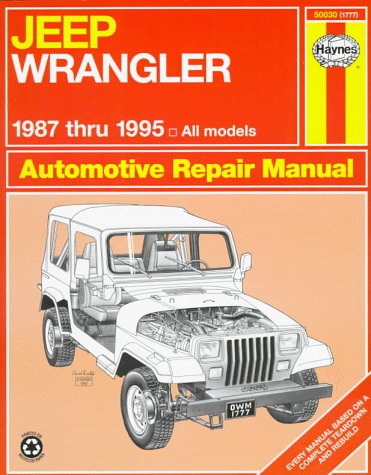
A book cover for Jeep Wrangler Automotive Repair Manual: Models Covered : All Jeep Wrangler Models 1987 Through 1995 (Haynes Auto Repair Manuals); Mike Stubblefield; Engineering & Transportation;